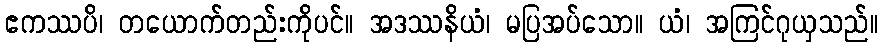
ဧကဿပိ၊ တယောက်တည်းကိုပင်။ အဒဿနိယံ၊ မပြအပ်သော။ ယံ၊ အကြင်ဂုယှသည်။